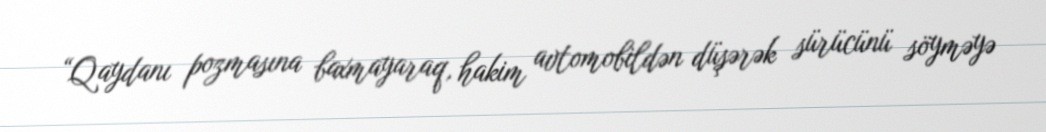
“Qaydanı pozmasına baxmayaraq, hakim avtomobildən düşərək sürücünü söyməyə